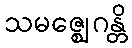
သမဇ္ဈေဂန္တိ